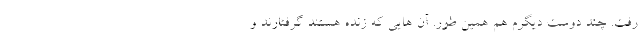
رفت. چند دوست دیگرم هم همین طور. آن هایی که زنده هستند گرفتارند و